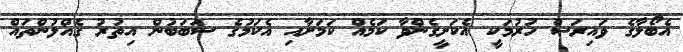
އެބޯލާގެ ވައިރަސް ހުރުމަކީ އެކަށީގެންވާ ކަމެއް ކަމަށާއި އެކަމުގެ ސަބަބުން އިތުރު ގެއްލުންތައް